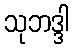
သုဘဒ္ဒါ